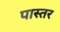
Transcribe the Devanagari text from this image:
पास्तर